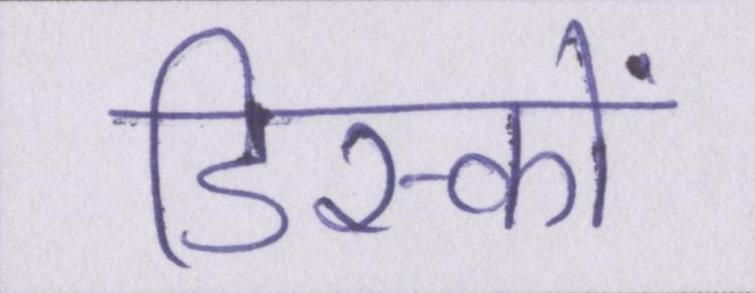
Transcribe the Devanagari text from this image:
डिस्कों